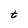
Character: t